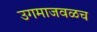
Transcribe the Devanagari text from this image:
उगमाजवळच